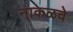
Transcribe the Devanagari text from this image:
नाकळवे